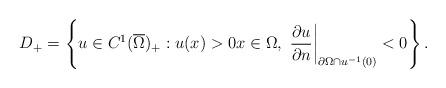
LaTeX: \begin{align*} D_+&=\left\{u \in C^1(\overline{\Omega})_+: u(x)>0 x\in \Omega, \ \frac{\partial u}{\partial n}\bigg|_{\partial \Omega \cap u^{-1}(0)}<0 \right\}.\end{align*}